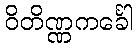
ဝိတိဏ္ဏကင်္ခေါ